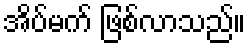
အိပ်မက် ဖြစ်လာသည်။